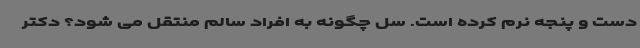
دست و پنجه نرم کرده است. سل چگونه به افراد سالم منتقل می شود؟ دکتر